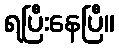
ရပြီးနေပြီ။